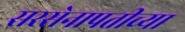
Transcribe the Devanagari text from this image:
सरसेनापतीच्या